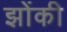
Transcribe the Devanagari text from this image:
झोंकी